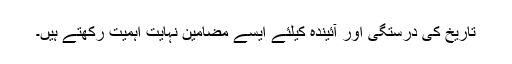
تاریخ کی درستگی اور آئیندہ کیلئے ایسے مضامین نہایت اہمیت رکھتے ہیں۔